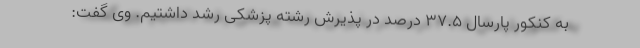
به کنکور پارسال ۳۷.۵ درصد در پذیرش رشته پزشکی رشد داشتیم. وی گفت: